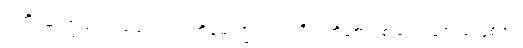
ပါတိမောက္ခသံဝရသံဝုတာ၊ ပါတိမောက္ခသံဝရသီလကိုစောင့်စည်းကုန်သည်ဖြစ်၍။